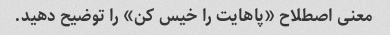
معنی اصطلاح «پاهایت را خیس کن» را توضیح دهید.